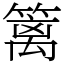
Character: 篱